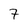
Character: 7